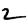
Digit: 2